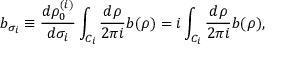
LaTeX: b _ { \sigma _ { i } } \equiv { \frac { d \rho _ { 0 } ^ { ( i ) } } { d \sigma _ { i } } } \int _ { C _ { i } } { \frac { d \rho } { 2 \pi i } } b ( \rho ) = i \int _ { C _ { i } } { \frac { d \rho } { 2 \pi i } } b ( \rho ) ,